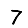
Digit: 7